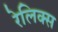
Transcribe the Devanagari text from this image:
रेलिक्स